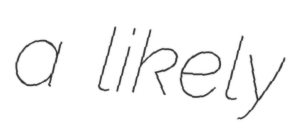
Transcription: a likely